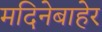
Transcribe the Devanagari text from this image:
मदिनेबाहेर